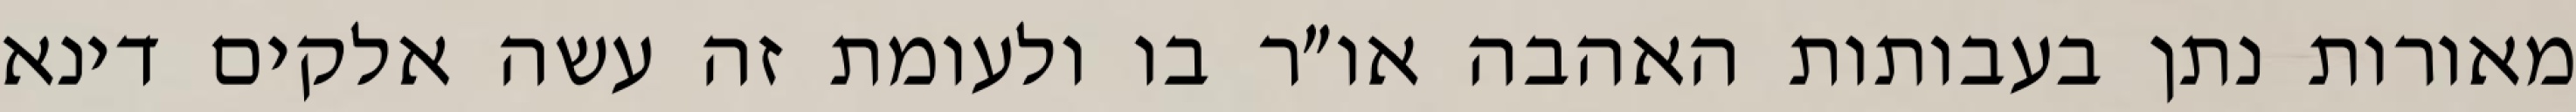
מאורות נתן בעבותות האהבה או״ר בו ולעומת זה עשה אלקים דינא